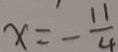
x = - \frac { 1 1 } { 4 }